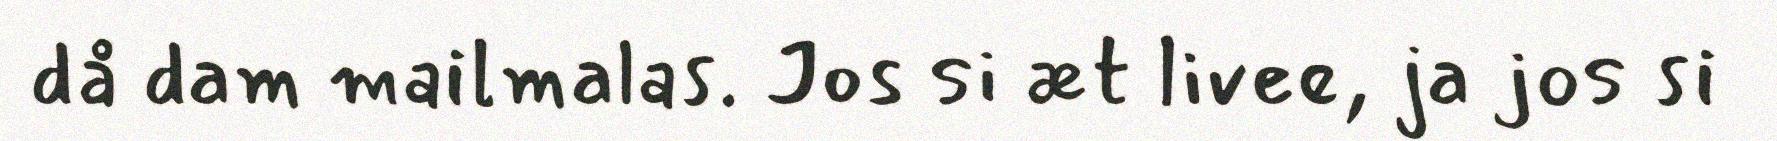
då dam mailmalas. Jos si æt livee, ja jos si